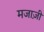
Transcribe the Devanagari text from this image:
मजाज़ी